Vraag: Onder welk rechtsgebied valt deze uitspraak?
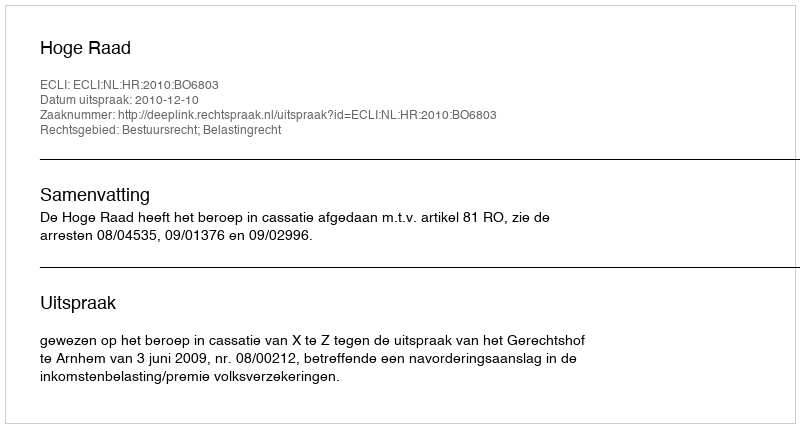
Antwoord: Bestuursrecht; Belastingrecht